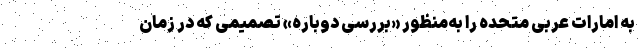
به امارات عربی متحده را به‌منظور «بررسی دوباره» تصمیمی که در زمان